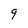
Character: 9